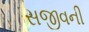
સજીવની